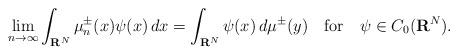
LaTeX: \begin{align*}\lim_{n\to\infty}\int_{{\bf R}^N}\mu_n^\pm(x)\psi(x)\,dx=\int_{{\bf R}^N}\psi(x)\,d\mu^\pm (y)\quad\mbox{for}\quad\psi\in C_0({\bf R}^N).\end{align*}